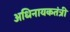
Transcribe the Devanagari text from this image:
अधिनायकतंत्री